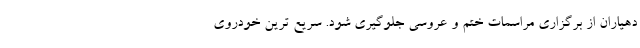
دهیاران از برگزاری مراسمات ختم و عروسی جلوگیری شود. سریع ترین خودروی